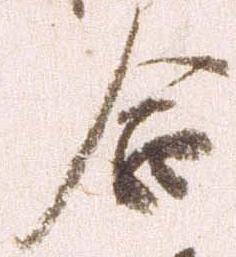
合